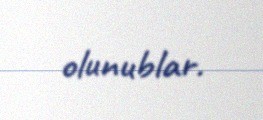
olunublar.